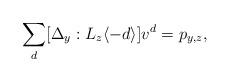
LaTeX: \begin{align*} \sum_{d} [\Delta_y:L_z\langle -d\rangle] v^d =p_{y,z},\end{align*}